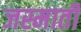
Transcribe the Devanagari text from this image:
जस्माती